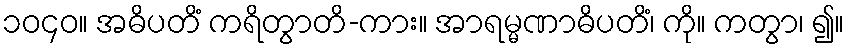
၁၀၄၀။ အဓိပတိံ ကရိတွာတိ-ကား။ အာရမ္မဏာဓိပတိံ၊ ကို။ ကတွာ၊ ၍။